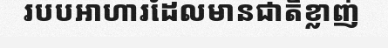
របបអាហារដែលមានជាតិខ្លាញ់